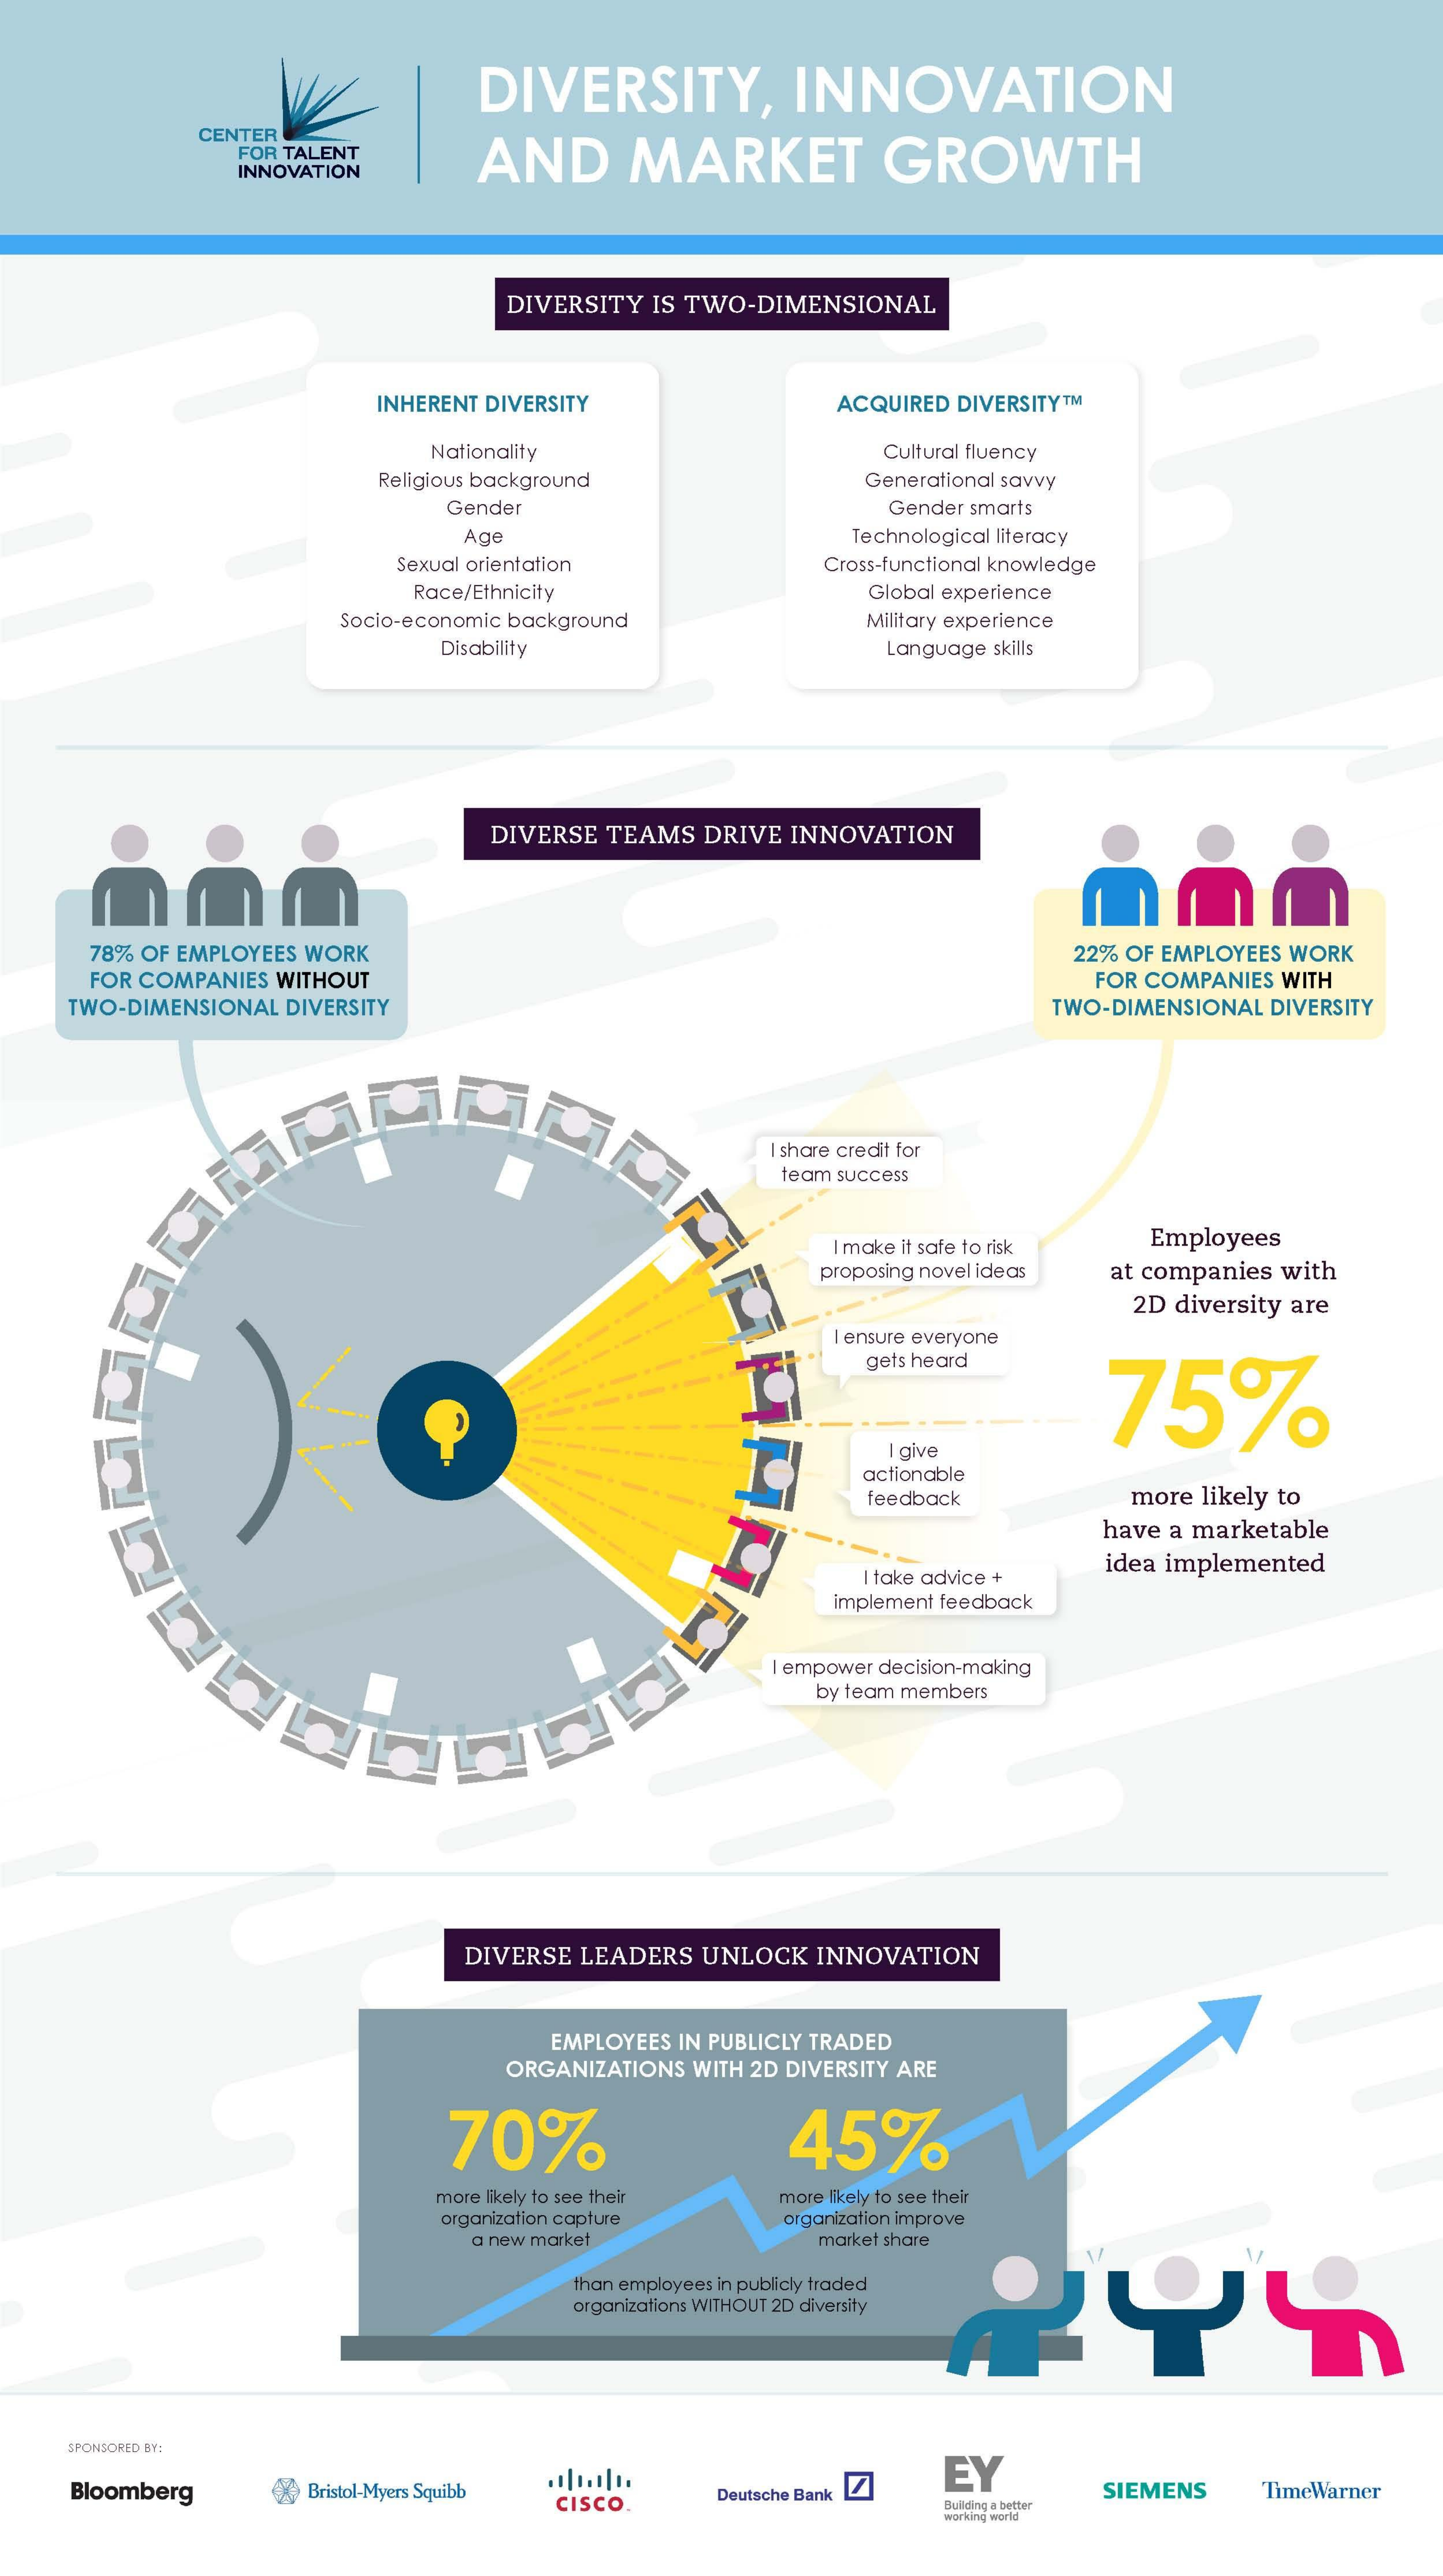
DIVERSITY, INNOVATION
     CENTER
     FOR TALENT AND MARKET  GROWTH
     INNOVATION
     DIVERSITY IS TWO-DIMENSIONAL
     INHERENT DIVERSITY ACQUIRED DIVERSITY ™ M
     Nationality    Cultural fluency
     Religious background Generational savvy
     Gender    Gender smarts
     Age    Technological literacy
     Sexual orientation Cross-functional knowledge
     Race/Ethnicity  Global experience
     Socio-economic background Military experience
     Disability    Language skills
     DIVERSE TEAMS DRIVE INNOVATION
     mm
    78% OF EMPLOYEES WORK
    FOR COMPANIES WITHOUT
     22% OF EMPLOYEES WORK
     FOR COMPANIES WITH
   TWO-DIMENSIONAL DIVERSITY    TWO-DIMENSIONAL DIVERSITY
     I share credit for
     team success
     I make it safe to risk Employees
     proposing novel ideas at companies with
     2D diversity are
     I ensure everyone
     gets heard
     75%
     I give
     actionable
     feedback  more likely to
     have a marketable
     I take advice +
     idea implemented
     implement feedback
     empower decision-making
     by team members
     DIVERSE LEADERS UNLOCK INNOVATION
     EMPLOYEES IN PUBLICLY TRADED
     ORGANIZATIONS WITH 2D DIVERSITY ARE
     70%    45%
     more likely to see their more likely to see their
     organization capture organization improve
     a new market market share
     than employees in publicly traded
     organizations WITHOUT 2D diversity
   SPONSORED BY:
   Bloomberg Bristol-Myers Squibb
     EY
     CISCO. Deutsche Bank SIEMENS TimeWarner
     Bulging a Dece
     working world